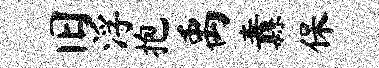
旧浮抱禹纛保